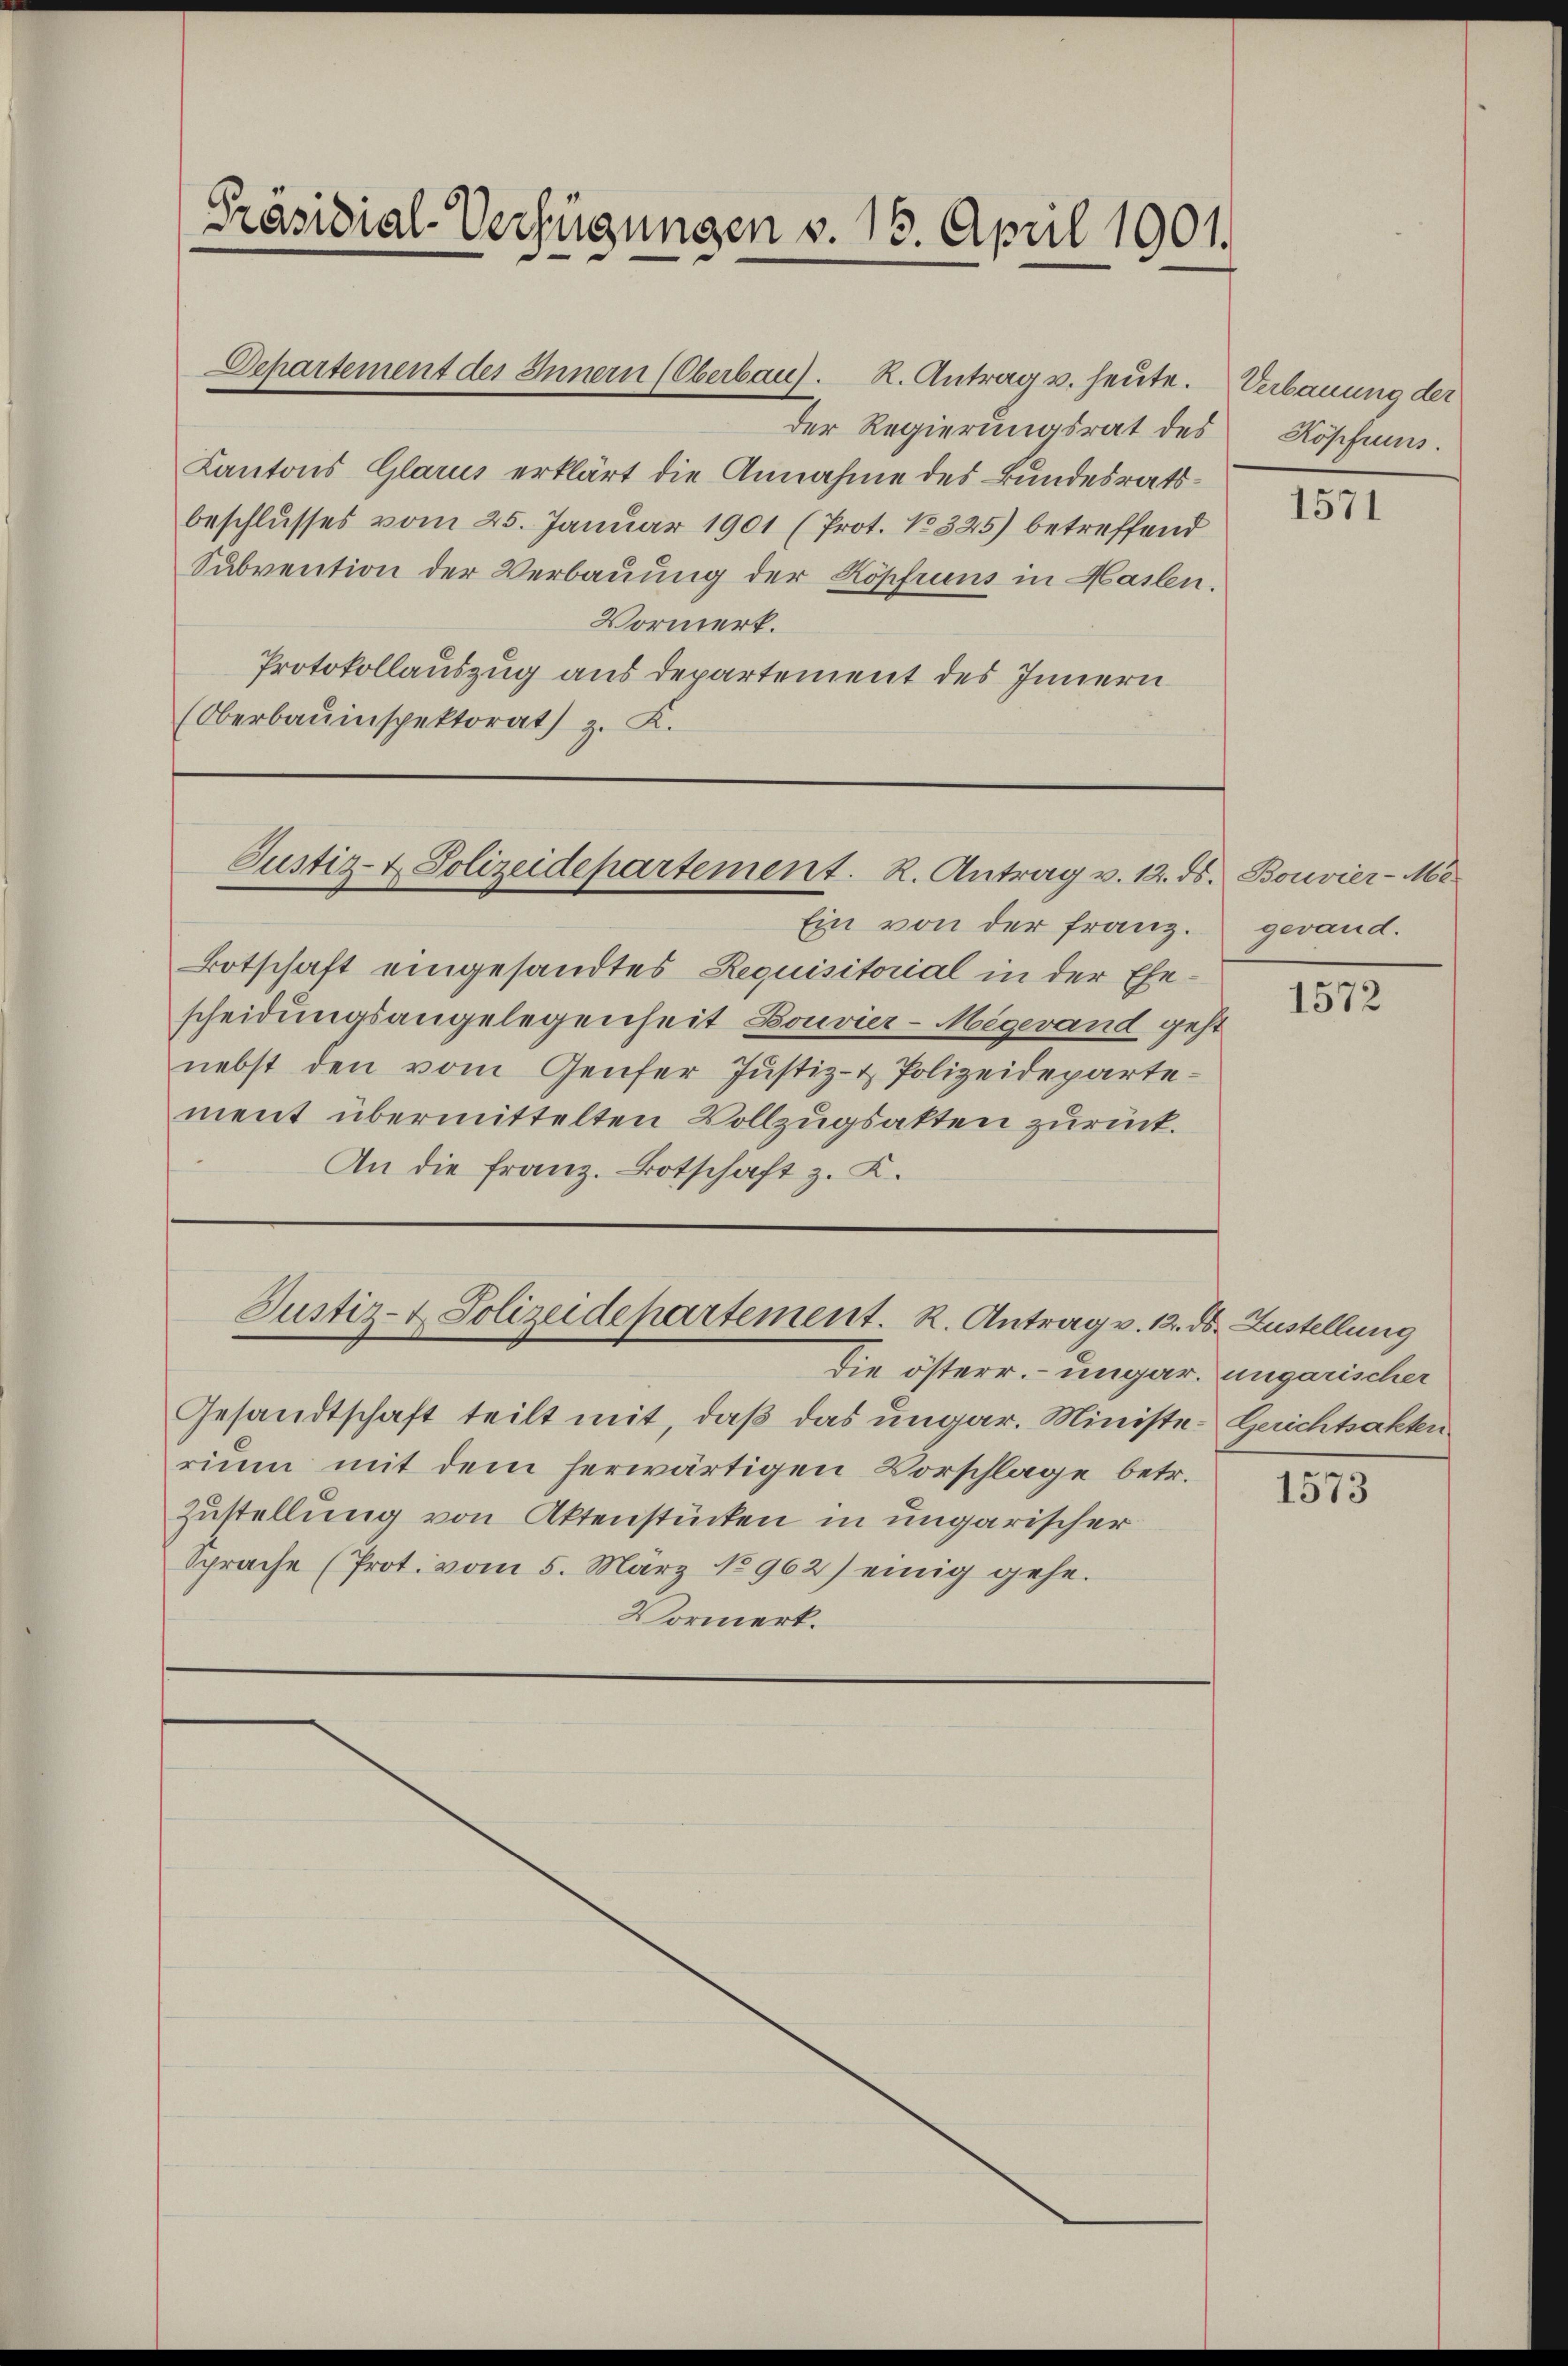
Präsidial-Verfügungen v. 15. April 1901.

der Regierungsrat des
Kantons Glarus erklärt die Annahme des Bundesratsbeschlusses vom 25. Januar 1901 (Prot. No 325) betreffend
Subvention der Verbauung der Köpfruns in Mailen.
Vormerk.
Protokollauszug aus departement des Innern
(Oberbauinspektorat) z. K.

Departement des Innern (Oberbau). R. Antrag u. heute.

Justiz- & Polizeidepartement. R. Antrag v. 12. ds.

Gesandtschaft teilt mit, daß das ungar. Ministe- Gerichtsakten
rium mit dem herwärtigen Vorschlage betr.
Zustellung von Aktenstücken in ungarischer
Sprache (Prot. vom 5. März No962) einig gehe.
Vormerk.

Ein von der Franz.
Botschaft eingesandtes Requisitorial in der Ehescheidungsangelegenheit Bouvier-Megerand geht
nebst den vom Genfer Justiz- & Polizeidepartement übermittelten Vollzugsakten zurück.
An die Franz. Botschaft z. K.

Justiz- & Polizeidepartement. K. Antrag v. 12. ds. Zustellung
die österr. ungar. ungarischer

Verbauung der
Köpfens.

1571

Bouvier-Me-
gewand.

1572

1573